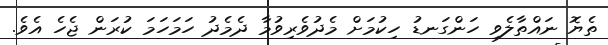
ތެޔޮ ނައްތާލެވި ހަންގަނޑު ހިކުމަށް މެދުވެރިވުމާ ދެމެދު ހަމަހަމަ ކުރަން ޖެހެ އެވެ.